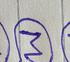
Signature authenticity: genuine